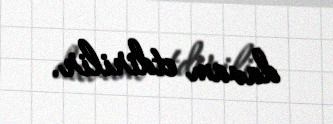
davam etdirilir.